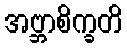
အဗ္ဘာစိက္ခတိ